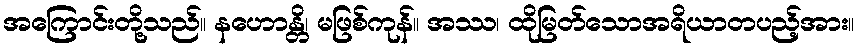
အကြောင်းတို့သည်။ နဟောန္တိ၊ မဖြစ်ကုန်။ အဿ၊ ထိုမြတ်သောအရိယာတပည့်အား။